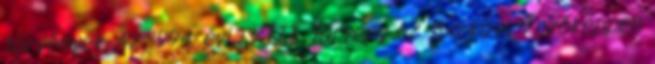
törvények. Az 1994. évi LXIII. törvény 62. §-a következőképpen